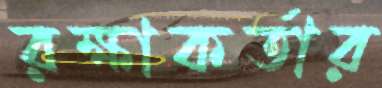
রক্ষাকর্তার